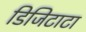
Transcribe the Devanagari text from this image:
डिजिटाटा